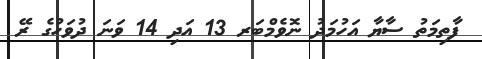
ފާތިމަތު ސާޔާ އަހުމަދު ނޮވެމްބަރ 13 އަދި 14 ވަނަ ދުވަހުގެ ރޭ